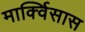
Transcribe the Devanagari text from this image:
मार्क्विसास